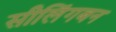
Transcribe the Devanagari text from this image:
सीलिंगबन